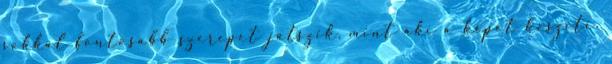
sokkal fontosabb szerepet játszik, mint aki a képet készíti.